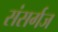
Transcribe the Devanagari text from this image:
संसर्गज